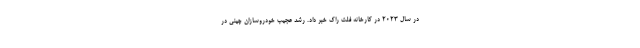
در سال 2023 در کارخانه فلت راک خبر داد. رشد عجیب خودروسازان چینی در